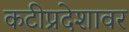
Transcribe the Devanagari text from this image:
कटीप्रदेशावर